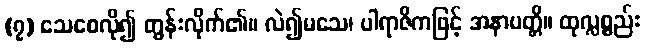
(၇) သေစေလို၍ တွန်းလိုက်၏။ လဲ၍မသေ၊ ပါရာဇိကဖြင့် အနာပတ္တိ။ ထုလ္လစ္စည်း